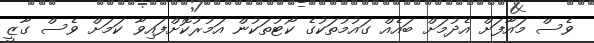
ވެސް މައާފަށް އެދުމަށް ބައެއް ގައުމުތަކުގެ ކޯޓުތަކުން އަމުރުކޮށްފައިވާ ކަމަށް ވެސް ގާޒީ